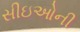
સીઇઓની